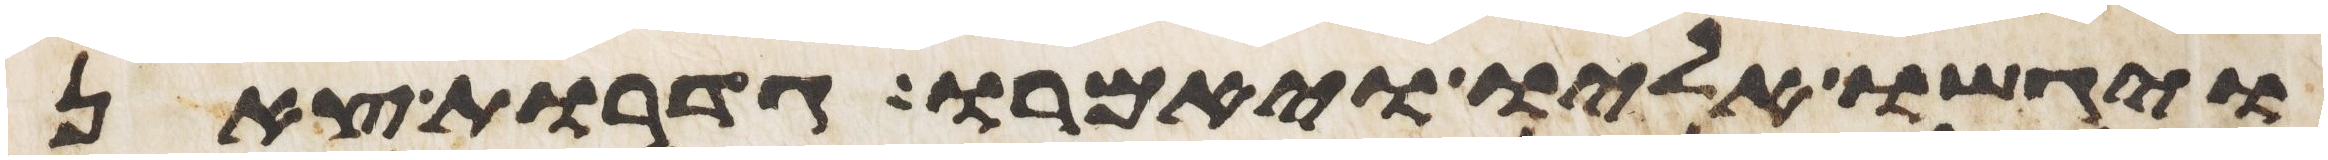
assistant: ויגשו אליו ויאמרו גדרות צאן